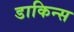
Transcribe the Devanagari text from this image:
डाकिन्स